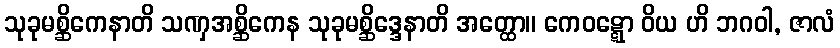
သုခုမစ္ဆိကေနာတိ သဏှအစ္ဆိကေန သုခုမစ္ဆိဒ္ဒေနာတိ အတ္ထော။ ကေဝဋ္ဋော ဝိယ ဟိ ဘဂဝါ, ဇာလံ